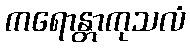
ကရောန္တာကုသလံ